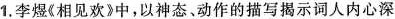
1.李煜《相见欢》中，以神态、动作的描写揭示词人内心深